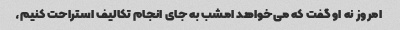
امروز نه او گفت که می‌خواهد امشب به جای انجام تکالیف استراحت کنیم،